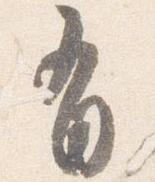
有